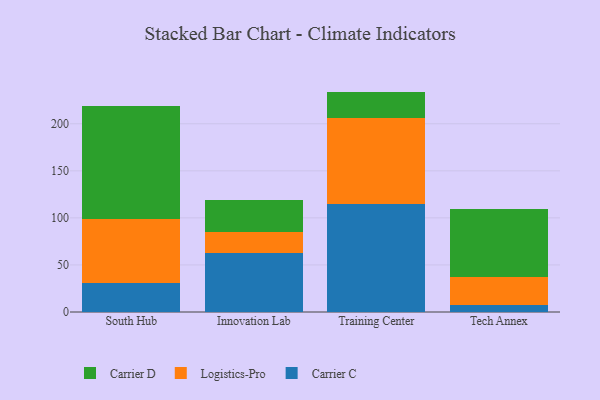
{"axis": {"x": "Campus", "y": "Waste Production (Tons)"}, "legend": ["Carrier C", "Carrier D", "Logistics-Pro"], "data": [{"x": "South Hub", "y": 30.5, "type": "Carrier C"}, {"x": "South Hub", "y": 67.9, "type": "Logistics-Pro"}, {"x": "South Hub", "y": 120.3, "type": "Carrier D"}, {"x": "Innovation Lab", "y": 62.3, "type": "Carrier C"}, {"x": "Innovation Lab", "y": 22.6, "type": "Logistics-Pro"}, {"x": "Innovation Lab", "y": 34.2, "type": "Carrier D"}, {"x": "Training Center", "y": 115.1, "type": "Carrier C"}, {"x": "Training Center", "y": 90.8, "type": "Logistics-Pro"}, {"x": "Training Center", "y": 28.3, "type": "Carrier D"}, {"x": "Tech Annex", "y": 7.9, "type": "Carrier C"}, {"x": "Tech Annex", "y": 29.8, "type": "Logistics-Pro"}, {"x": "Tech Annex", "y": 71.4, "type": "Carrier D"}]}